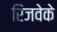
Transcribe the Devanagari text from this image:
रिजवेके